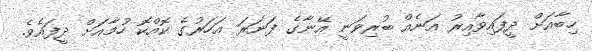
ހިބާއަށް ދީފައިވާއިރު އަނެއް ބުރިވަނީ އޭނާގެ ފަނަރަ އަހަރުގެ ކޮއްކޮ ހުމާއަށް ދީފައެވެ.